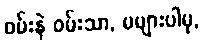
ဝမ်းနဲ ဝမ်းသာ, မများပါမှ,